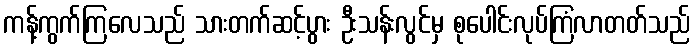
ကန့်ကွက်ကြလေသည် သားတက်ဆင့်ပွား ဦးသန်းလွင်မှ စုပေါင်းလုပ်ကြံလာတတ်သည်